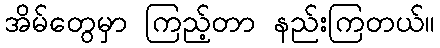
အိမ်တွေမှာ ကြည့်တာ နည်းကြတယ်။